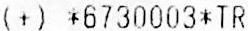
(+) *6730003*TR